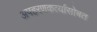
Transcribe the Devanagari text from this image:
अपहरणकर्त्यांसोबत